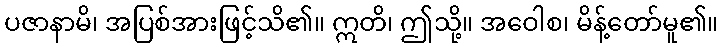
ပဇာနာမိ၊ အပြစ်အားဖြင့်သိ၏။ ဣတိ၊ ဤသို့။ အဝေါစ၊ မိန့်တော်မူ၏။